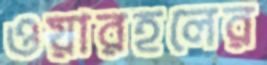
ওয়ারহলের